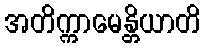
အတိက္ကာမေန္တိယာတိ